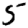
Digit: 5